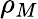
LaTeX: \rho_{M}